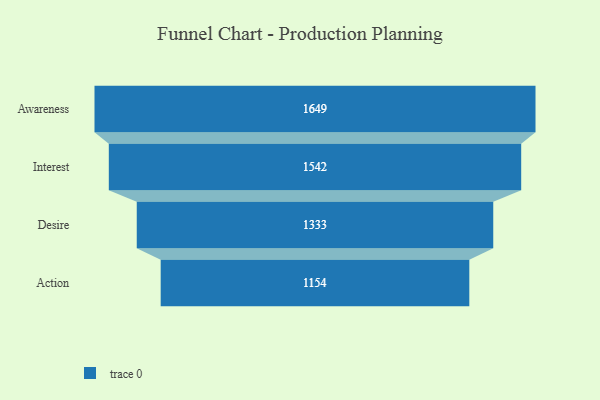
{"axis": {"x": "Stage", "y": "Value"}, "legend": [""], "data": [{"x": "Awareness", "y": 1649.0, "type": ""}, {"x": "Interest", "y": 1542.0, "type": ""}, {"x": "Desire", "y": 1333.0, "type": ""}, {"x": "Action", "y": 1154.0, "type": ""}]}